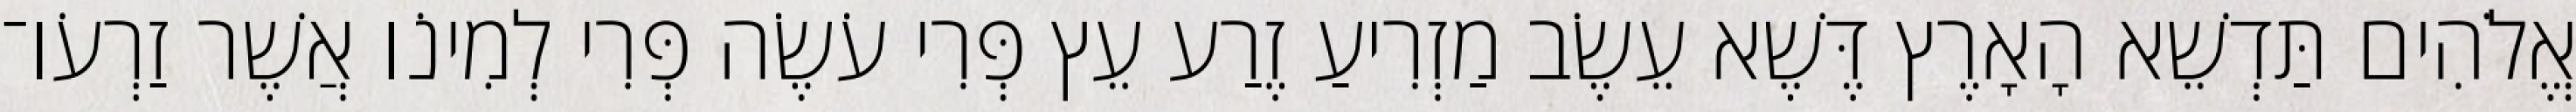
אֱלֹהִים תַּדְשֵׁא הָאָרֶץ דֶּשֶׁא עֵשֶׂב מַזְרִיעַ זֶרַע עֵץ פְּרִי עֹשֶׂה פְּרִי לְמִינֹו אֲשֶׁר זַרְעֹו־